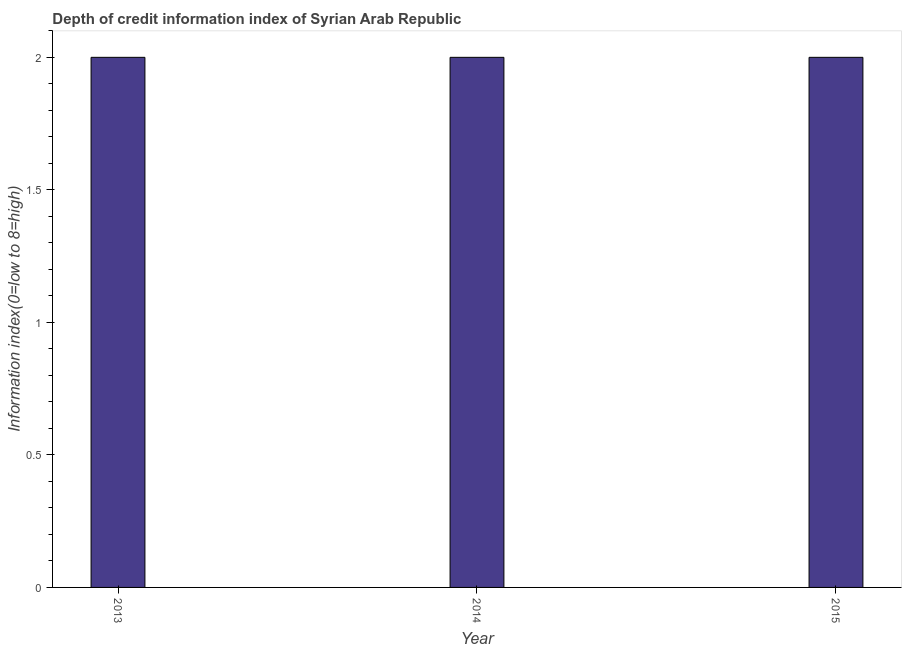
| Year | Depth of credit information index |
 | --- | --- |
 | 2013 | 2 |
 | 2014 | 2 |
 | 2015 | 2 |